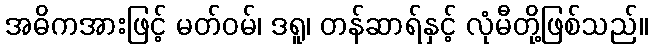
အဓိကအားဖြင့် မတ်ဝမ်၊ ဒရူ၊ တန်ဆာရ်နှင့် လုံမီတို့ဖြစ်သည်။